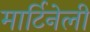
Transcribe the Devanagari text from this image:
मार्टिनेली